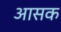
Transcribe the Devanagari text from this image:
आसक